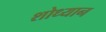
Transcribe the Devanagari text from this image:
शोध्यान